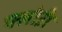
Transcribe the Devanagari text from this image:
फ्लोऱी